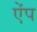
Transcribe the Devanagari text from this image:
ऐंप